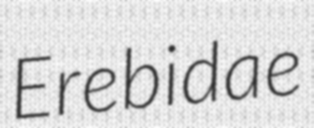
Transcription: Erebidae